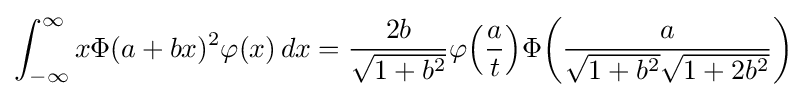
\int _{-\infty }^{\infty }x\Phi (a+bx)^{2}\varphi (x)\,dx={\frac {2b}{\sqrt {1+b^{2}}}}\varphi {\left({\frac {a}{t}}\right)}\Phi {\left({\frac {a}{{\sqrt {1+b^{2}}}{\sqrt {1+2b^{2}}}}}\right)}